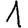
Digit: 1